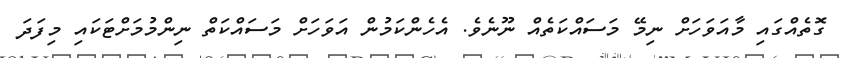
ގޮތެއްގައި މާއަވަހަށް ނިމޭ މަސައްކަތެއް ނޫނެވެ. އެހެންކަމުން އަވަހަށް މަސައްކަތް ނިންމުމަށްޓަކައި މިފަދަ